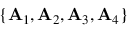
\{ { \bf A } _ { 1 } , { \bf A } _ { 2 } , { \bf A } _ { 3 } , { \bf A } _ { 4 } \}